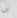
ان